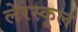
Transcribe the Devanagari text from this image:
लेरस्कूल